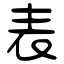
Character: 表